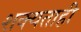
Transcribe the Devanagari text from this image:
शक्‍यताही